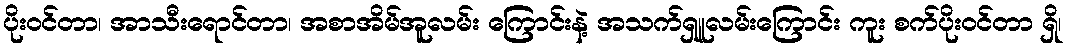
ပိုးဝင်တာ၊ အာသီးရောင်တာ၊ အစာအိမ်အူလမ်း ကြောင်းနဲ့ အသက်ရှူလမ်းကြောင်း ကူး စက်ပိုးဝင်တာ ရှိ၊